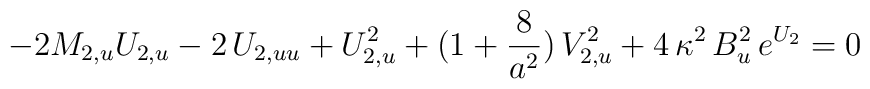
-2M_{2,u}U_{2,u}-2\,U_{2,uu}+U_{2,u}^{2}+(1+{8 \over a^{2}})\,V_{2,u}^{2}+4\,\kappa^{2}\,B_{u}^{2}\,e^{U_{2}}=0